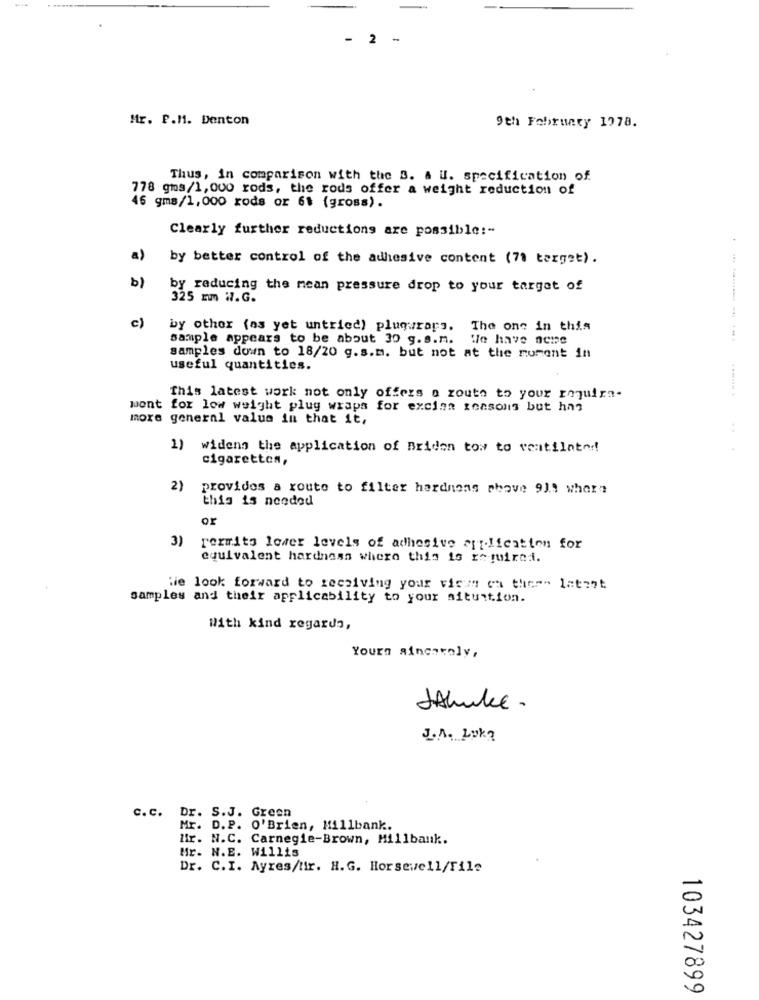
- 2 -
Mr. P.M. Denton
9th February 1978.
Thus, in comparison with the B. A U. specification of
778 gms/1,000 rods, the rods offer a weight reduction of
46 gms/1,000 rods or 61 (gross).
Clearly further reductions are possible :-
a)
by better control of the adhesive content (71 target).
b)
by reducing the mean pressure drop to your target of
325 mm W.G.
c)
by other (as yet untried) plugwraps.
The one in this
sample appears to be about 30 g.s.m.
We have neme
samples down to 18/20 g.s.m. but not at the moment in
useful quantities.
This latest work not only offers a route to your roquira-
wont for low weight plug wraps for excias reasons but has
more general value in that it,
........... ..........
1) widens the application of Briden tow to ventilator!
cigarettes,
2)
provides a route to filter hardnens phave 9).9 where
this is needed
or
3)
rexmito lower levels of adhesive art.lication for
equivalent hardness where this is required.
Wie look forward to receiving your vicms ou ther" latent
samples and their applicability to your situation.
With kind regards,
Yours ainenvoly,
fluke .
J.A. Lok?
c.c.
Dr. S.J. Green
Mr. D.P. O'Brien, Hillbank.
lir. N.C. Carnegie-Brown, Millbank.
Hr. N.E. Willis
Dr. C.I. Ayres/tir. H.G. Horsewell/File
103427899